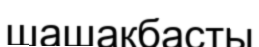
шашақбасты